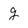
Character: g